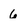
Character: 6